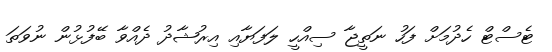
ޓެސްޓް ހެދުމަށް ފަހު ނަތީޖާ ސިއްހީ ލަފަޔާއި އިރުޝާދު ދެއްވާ ބޭފުޅުން ނުވަތަ